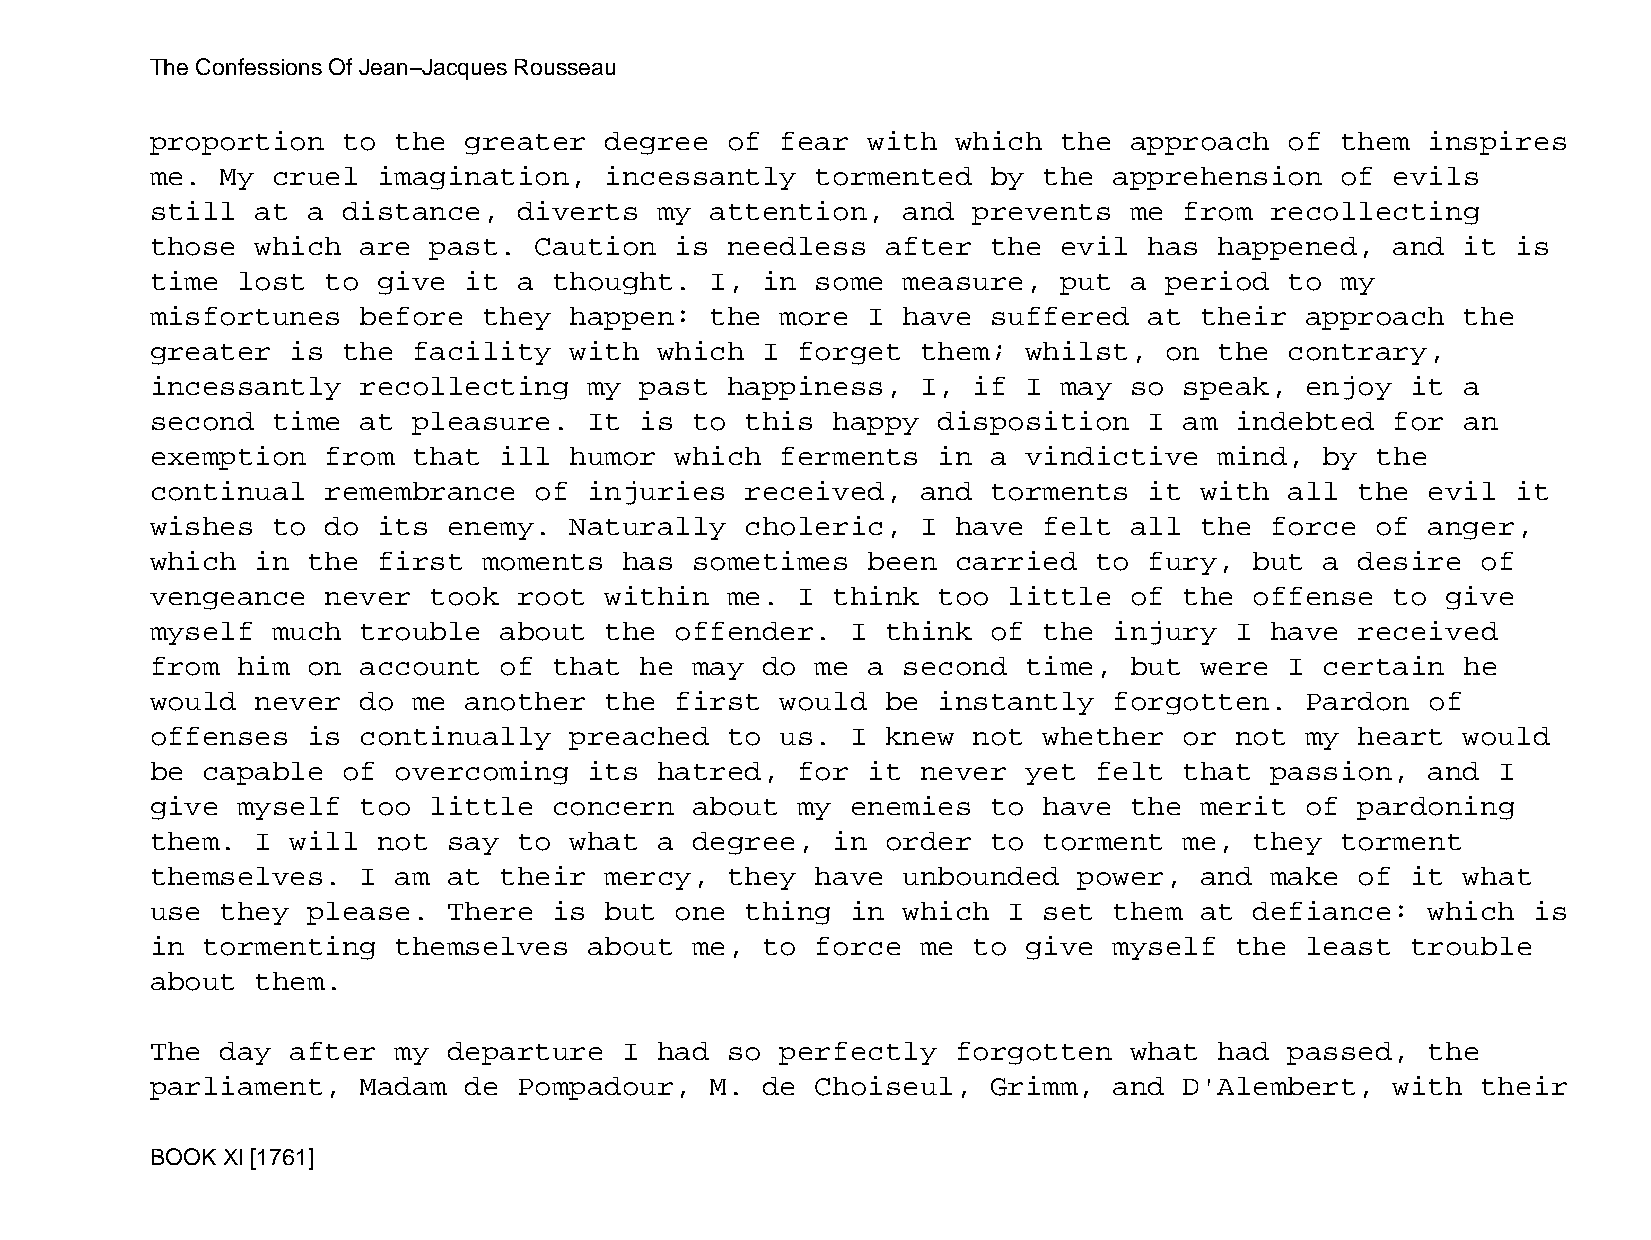
The Confessions Of Jean−Jacques Rousseau
 proportion   to the  greater  degree  of  fear with  which  the  approach  of  them  inspires
 me.  My cruel  imagination,   incessantly   tormented   by the  apprehension   of evils
 still  at a  distance,  diverts   my attention,   and prevents   me from  recollecting
 those  which  are past.  Caution   is needless   after  the evil  has  happened,  and  it is
 time  lost  to give  it a  thought.  I, in  some  measure,  put  a period  to  my
 misfortunes   before  they  happen:  the  more I  have  suffered  at their  approach   the
 greater  is  the facility   with  which I  forget  them;  whilst,  on  the contrary,
 incessantly   recollecting   my past  happiness,   I, if  I may  so speak,  enjoy  it  a
 second  time  at pleasure.   It is  to this  happy  disposition   I am  indebted  for  an
 exemption   from that  ill  humor  which  ferments  in  a vindictive   mind,  by the
 continual   remembrance  of  injuries  received,   and  torments  it with  all  the  evil it
 wishes  to  do its  enemy.  Naturally  choleric,   I have  felt  all the  force  of  anger,
 which  in the  first  moments  has  sometimes  been  carried  to  fury,  but  a desire  of
 vengeance   never took  root  within  me.  I think  too  little  of the  offense  to  give
 myself  much  trouble  about  the  offender.  I  think  of the  injury  I have  received
 from  him on  account  of  that he  may do  me a  second  time,  but were  I  certain  he
 would  never  do me  another  the  first  would  be instantly   forgotten.  Pardon   of
 offenses  is  continually   preached  to  us. I  knew not  whether  or  not my  heart  would
 be capable   of overcoming   its  hatred,  for it  never  yet felt  that  passion,   and I
 give  myself  too little   concern  about  my enemies   to have  the merit  of  pardoning
 them.  I will  not  say to  what  a degree,  in  order  to torment  me,  they  torment
 themselves.   I am  at their  mercy,  they  have  unbounded  power,  and  make  of it  what
 use  they please.   There  is but  one thing  in  which  I set  them at  defiance:   which is
 in tormenting   themselves   about  me, to  force  me to  give  myself  the least  trouble
 about  them.
 The  day after  my  departure  I  had so  perfectly  forgotten   what  had passed,   the
 parliament,   Madam  de Pompadour,   M. de  Choiseul,   Grimm,  and D'Alembert,   with  their
 BOOK XI [1761]